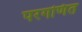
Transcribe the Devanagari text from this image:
परगणित